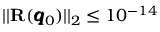
| | \mathbf { R } ( \pmb q _ { 0 } ) | | _ { 2 } \leq 1 0 ^ { - 1 4 }